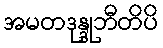
အမတဒုန္ဒုဘီတိပိ